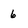
Character: 6